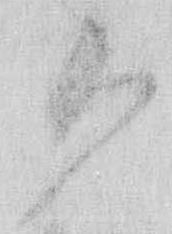
御